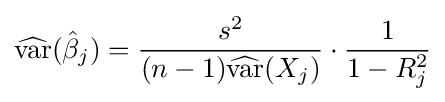
{\widehat {\operatorname {var} }}({\hat {\beta }}_{j})={\frac {s^{2}}{(n-1){\widehat {\operatorname {var} }}(X_{j})}}\cdot {\frac {1}{1-R_{j}^{2}}}